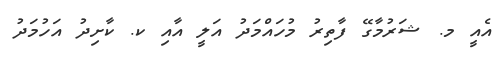
އެއީ މ. ޝަރުމާގޭ ފާތިރު މުހައްމަދު އަލީ އާއި ކ. ކާށިދު އަހުމަދު